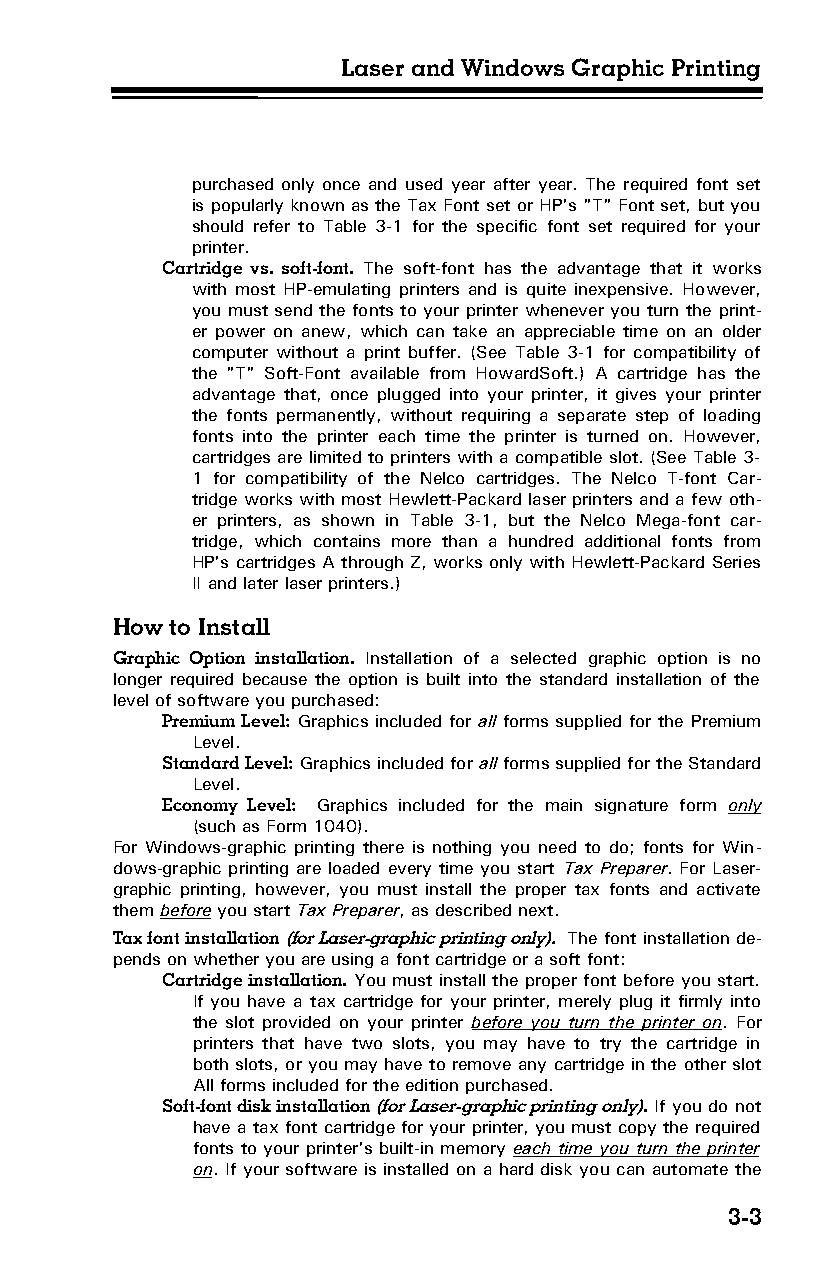
Laser and Windows Graphic Printing
 purchased only once and used year after year. The required font set
 is popularly known as the Tax Font set or HP's "T" Font set, but you
 should refer to Table 3-1 for the specific font set required for your
 printer.
 Cartridge vs. soft-font. The soft-font has the advantage that it works
 with most HP-emulating printers and is quite inexpensive. However,
 you must send the fonts to your printer whenever you turn the print­
 er power on anew, which can take an appreciable time on an older
 computer without a print buffer. (See Table 3-1 for compatibility of
 the "T" Soft-Font available from HowardSoft.) A cartridge has the
 advantage that, once plugged into your printer, it gives your printer
 the fonts permanently, without requiring a separate step of loading
 fonts into the printer each time the printer is turned on. However,
 cartridges are limited to printers with a compatible slot. (See Table 3-
 1 for compatibility of the Nelco cartridges. The Nelco T-font Car­
 tridge works with most Hewlett-Packard laser printers and a few oth­
 er printers, as shown in Table 3-1, but the Nelco Mega-font car­
 tridge, which contains more than a hundred additional fonts from
 HP's cartridges A through Z, works only with Hewlett-Packard Series
 II and later laser printers.)
 How to Install
 Graphic Option installation. Installation of a selected graphic option is no
 longer required because the option is built into the standard installation of the
 level of software you purchased:
 Premium Level: Graphics included for all forms supplied for the Premium
 Level.
 Standard Level: Graphics included for all forms supplied for the Standard
 Level.
 Economy Level: Graphics included for the main signature form only
 (such as Form 1040).
 For Windows-graphic printing there is nothing you need to do; fonts for Win­
 dows-graphic printing are loaded every time you start Tax Preparer. For Laser-
 graphic printing, however, you must install the proper tax fonts and activate
 them before you start Tax Preparer, as described next.
 Tax font installation (for Laser-graphic printing only). The font installation de­
 pends on whether you are using a font cartridge or a soft font:
 Cartridge installation. You must install the proper font before you start.
 If you have a tax cartridge for your printer, merely plug it firmly into
 the slot provided on your printer before you turn the printer on. For
 printers that have two slots, you may have to try the cartridge in
 both slots, or you may have to remove any cartridge in the other slot
 All forms included for the edition purchased.
 Soft-font disk installation (for Laser-graphic printing only). If you do not
 have a tax font cartridge for your printer, you must copy the required
 fonts to your printer's built-in memory each time you turn the printer
 on. If your software is installed on a hard disk you can automate the
 3-3